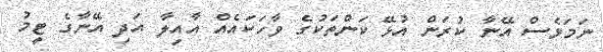
ނަމަވެސް އޭނާ ކުރަން އުޅޭ ކަންތަކުގެ ވާހަކައެއް އާއިލާ އަދި އޭނާގެ ޓީމު